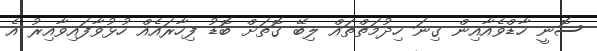
ސޮނީ ހާޑްވެއާއިން ގިނަ ހިދުމަތްތައް ލިބޭ ގޮތަށް ބޮޑު ފިހާރައެއް ހުޅުވާފައިވާއިރު އެ